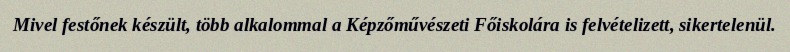
Mivel festőnek készült, több alkalommal a Képzőművészeti Főiskolára is felvételizett, sikertelenül.